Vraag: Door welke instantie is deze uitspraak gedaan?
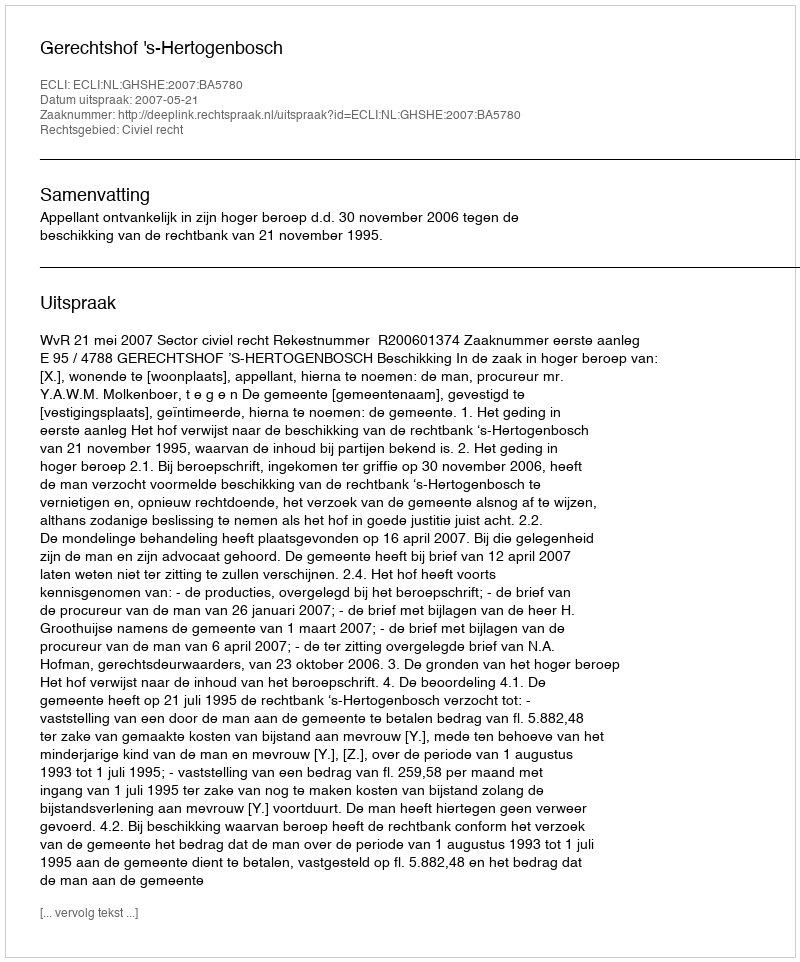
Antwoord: Gerechtshof 's-Hertogenbosch